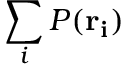
\sum _ { i } P ( \bf { r } _ { i } )